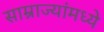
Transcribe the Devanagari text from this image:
साम्राज्यांमध्ये